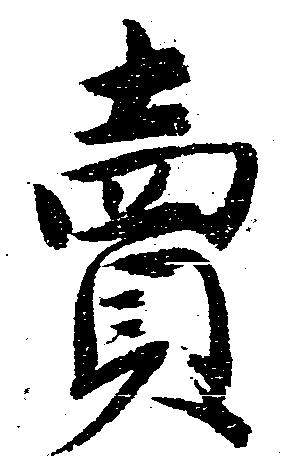
売